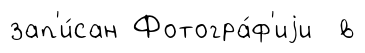
зап'и́сан Фотогра́ф'иjи в